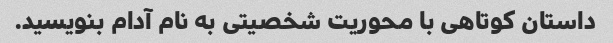
داستان کوتاهی با محوریت شخصیتی به نام آدام بنویسید.